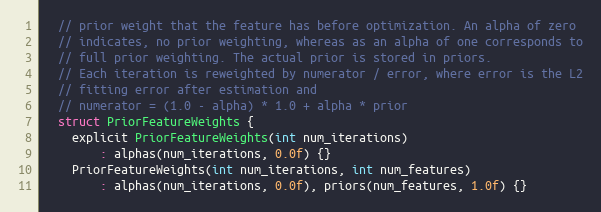
Language: C
  // prior weight that the feature has before optimization. An alpha of zero
  // indicates, no prior weighting, whereas as an alpha of one corresponds to
  // full prior weighting. The actual prior is stored in priors.
  // Each iteration is reweighted by numerator / error, where error is the L2
  // fitting error after estimation and
  // numerator = (1.0 - alpha) * 1.0 + alpha * prior
  struct PriorFeatureWeights {
    explicit PriorFeatureWeights(int num_iterations)
        : alphas(num_iterations, 0.0f) {}
    PriorFeatureWeights(int num_iterations, int num_features)
        : alphas(num_iterations, 0.0f), priors(num_features, 1.0f) {}